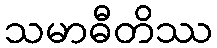
သမာဓီတိဿ